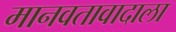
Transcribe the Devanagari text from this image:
मानवतावादाला